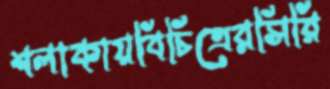
শলাকায়বিচিত্রেরসিরি